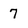
Character: 7